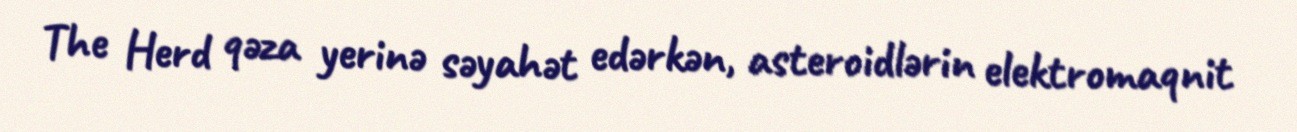
The Herd qəza yerinə səyahət edərkən, asteroidlərin elektromaqnit